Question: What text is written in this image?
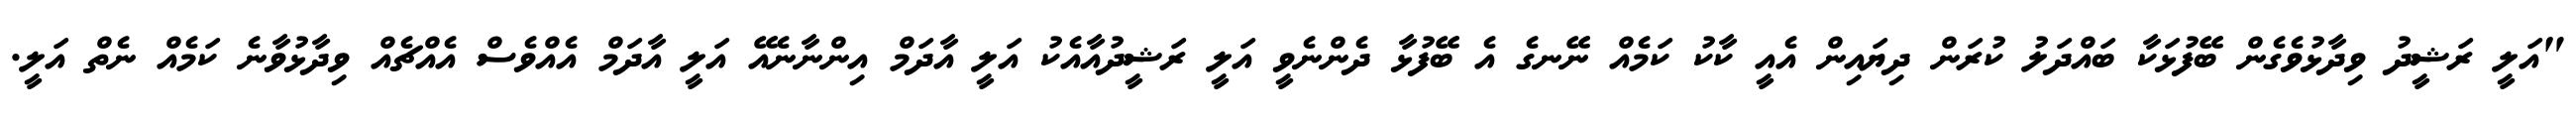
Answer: "އަލީ ރަޝީދު ވިދާޅުވެގެން ބޭފުޅަކާ ބައްދަލު ކުރަން ދިޔައިން އެއީ ކާކު ކަމެއް ނޭނގެ އެ ބޭފުޅާ ދެންނެވީ އަލީ ރަޝީދުއާއެކު އަލީ އާދަމް އިންނާނެއޭ އަލީ އާދަމް އެއްވެސް އެއްޗެއް ވިދާޅުވާނެ ކަމެއް ނެތް އަލީ.